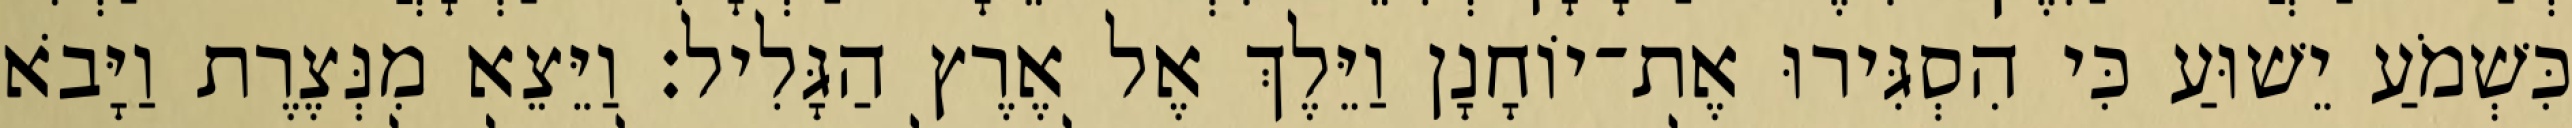
כִּשְׁמֹעַ יֵשׁוּעַ כִּי הִסְגִּירוּ אֶת־יוֹחָנָן וַיֵּלֶךְ אֶל אֶרֶץ הַגָּלִיל׃ וַיֵּצֵא מִנְּצֶרֶת וַיָּבֹא